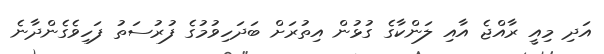
އަދި މިއީ ރާއްޖެ އާއި ލަންކާގެ ގުޅުން އިތުރަށް ބަދަހިވުމުގެ ފުރުސަތު ފަހިވެގެންދާނެ